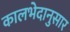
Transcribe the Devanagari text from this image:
कालभेदानुसार